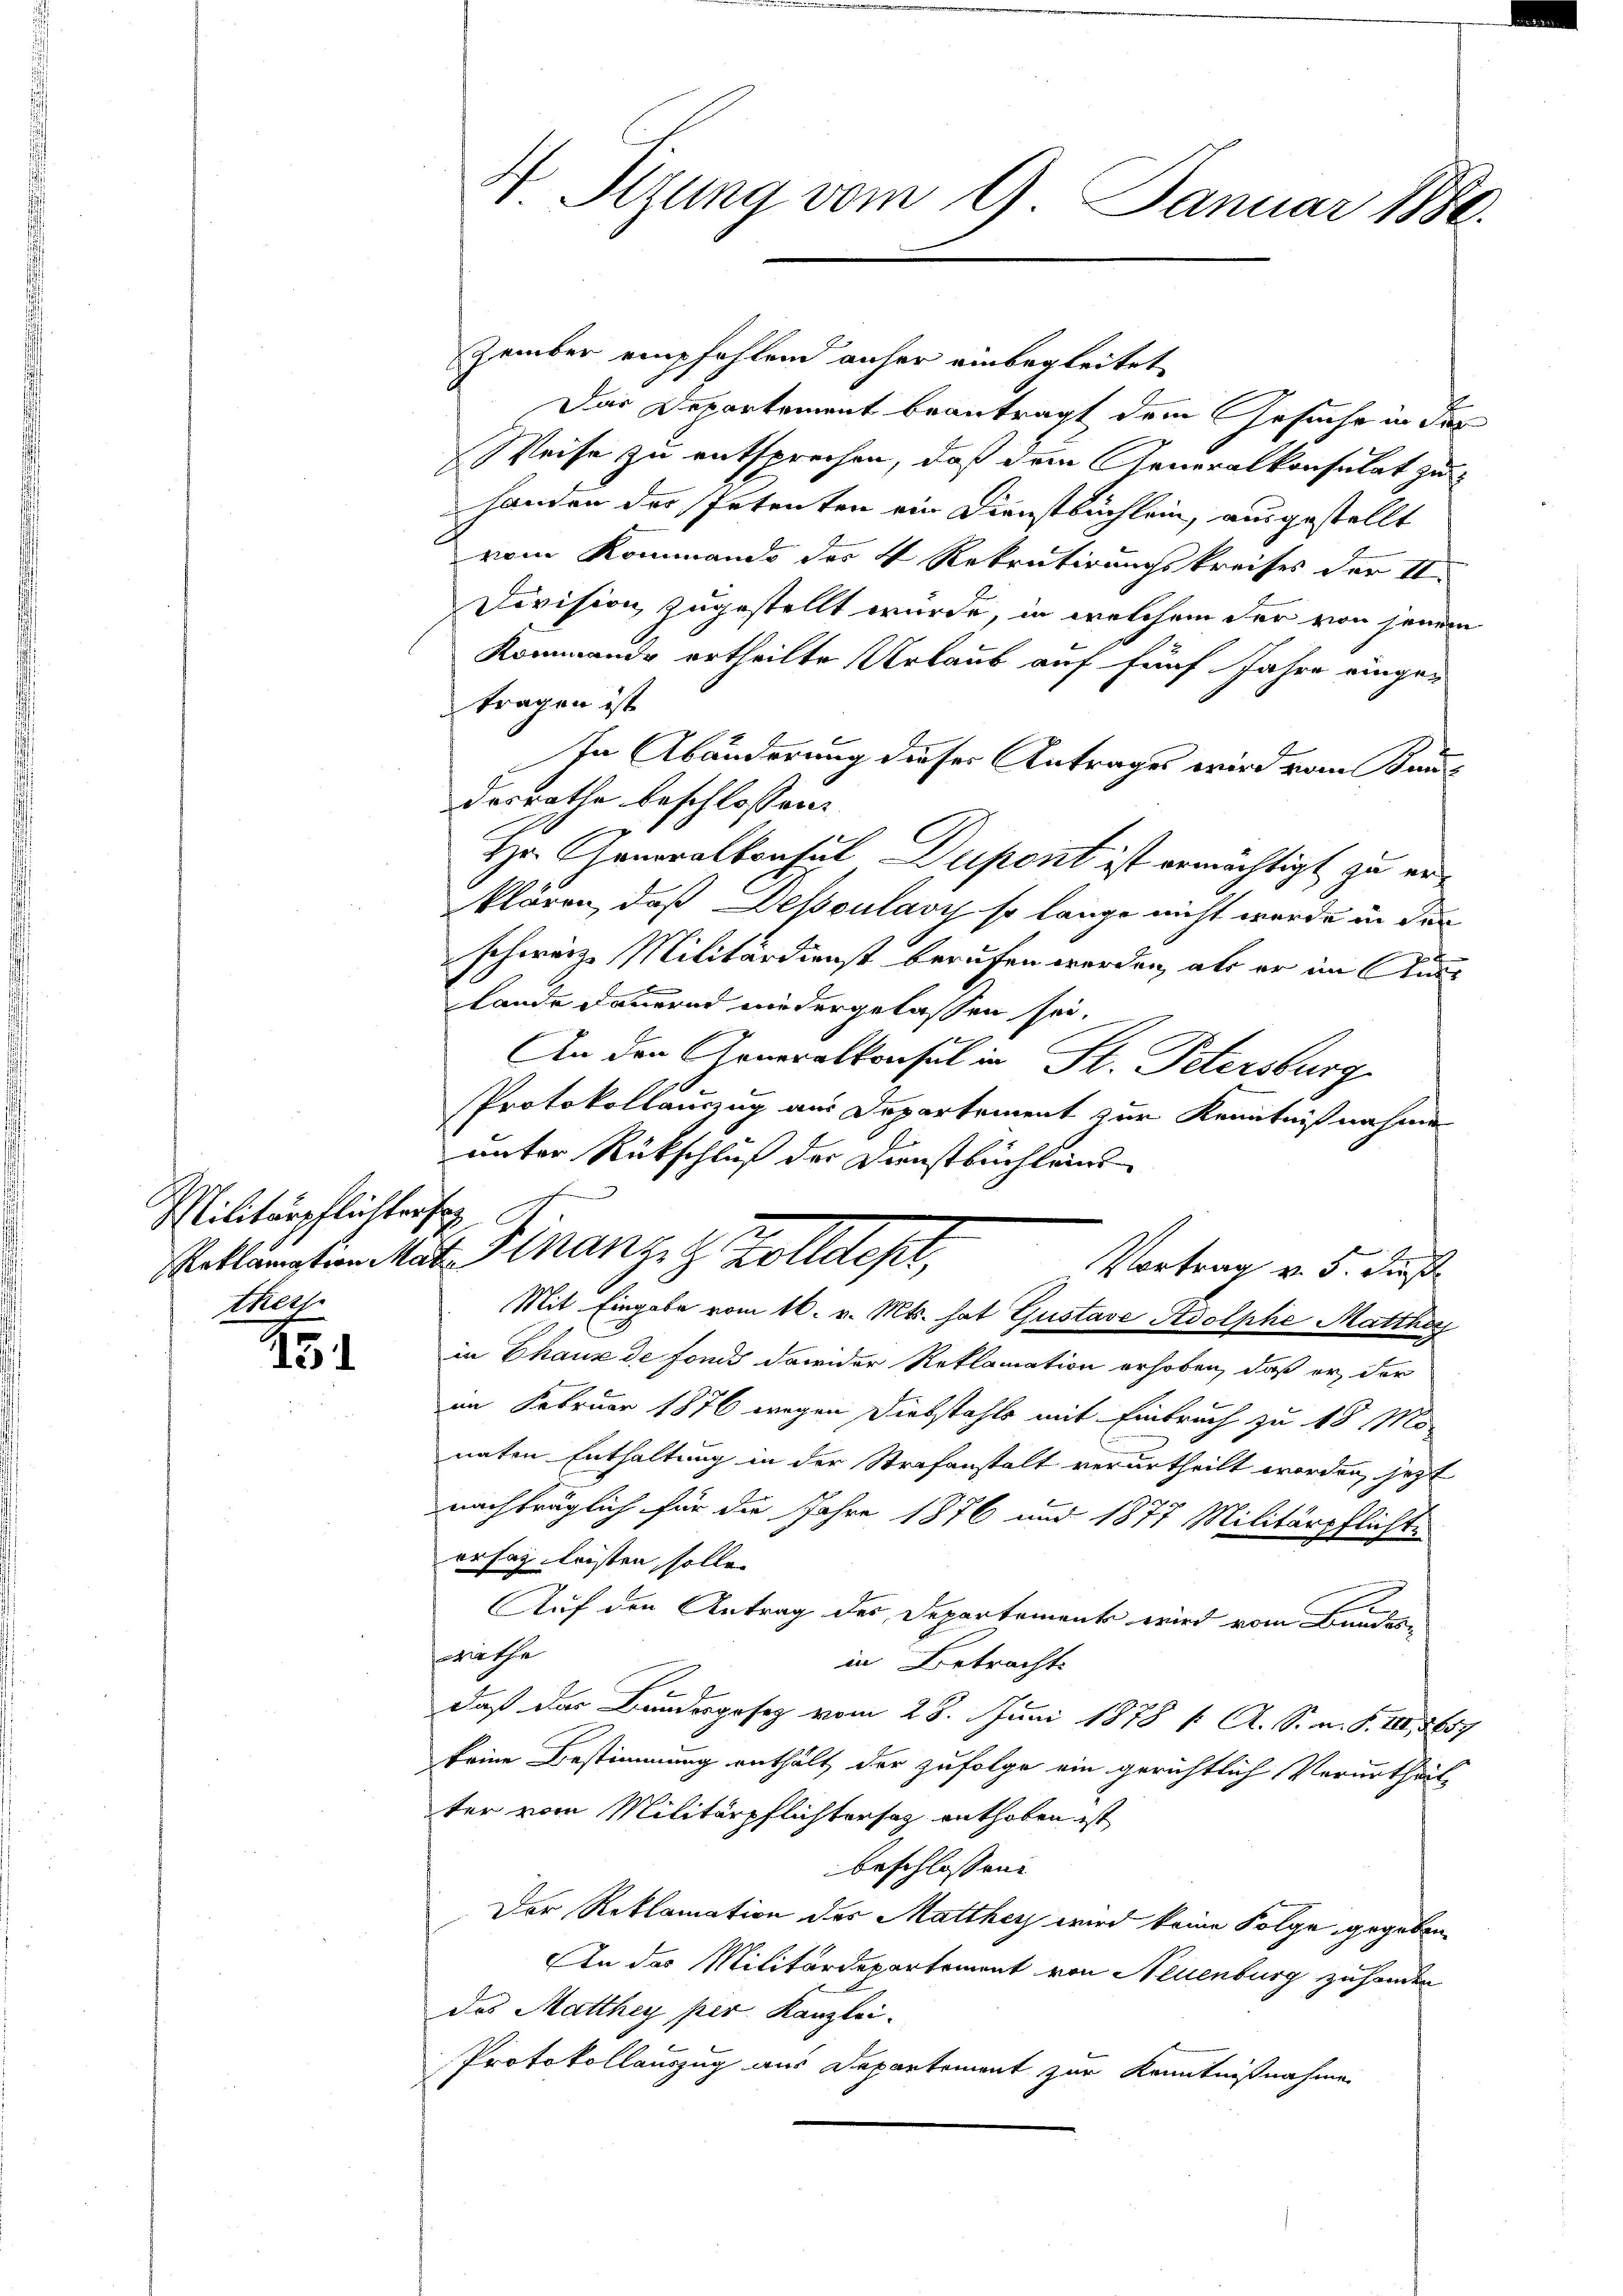
Militärpflichters
tkers

45

4 Sizung vom 9. Januar 1880.

zember empfehlend anher unbegleitet
Das Departement beantragt dem Gesuche in das
Weise zu entsprechen, daß dem Generalkonsulat zu
handen der Petenten ein Dienstbuchlein, ausgestellt
vom Kommando des 4 Rekrutirungskreises der d
Division zugestellt wurde, in welchem der von seinen
Kommande ertheilte Urlaub auf fünf Jahre eingen
tragen ist
In Abänderung dieser Antrages wird vom Kaudesrathe beschlossen:
g
Hr. Generalkonsul Dupont ist ermächtigt zu erklären, daß Dessoulavy so lange nicht werde in der
schweiz Militärdienst berufen werden, als er im Aus
lande dauernd niedergelassen sei.
An den Generalkonsul in St. Petersburg
.
Protokollanzug aus Departement zur Kenntnißnahme
unter Rückschluß der Dienstbuchleins
oklamation Mut. Finanz- & Zolldept,
Vortrag v. 5. Fuß
Mit Eingabe vom 16. v. Mts. hat Gustave Adolphe Matthar
in Chaux de Fond dawider Reklamation erhoben, daß er, der
im Februar 1876 wegen Diebstahls mit Einbruch zu 18 Mo
naten Enthaltung in der Strafanstalt verurtheilt worden, jetzt
nachträglich für die Jahre 1876 und 1877 Militärpflichte
ersag leisten solle.
Auf den Antrag des Departements wird vom Bundes-
räthe
in Betracht
daß das Bundesgesez vom 28. Juni 1878 f. A. S. m. S. 21, 8657
keine Bestimmung enthält der zufolge ein gerichtlich Verurtheit-
ter vom Militärpflichtersatz enthoben ist
beschlossene
Der Reklamation des Matthey wird keine Folge gegeben
An das Militärdepartement von Neuenburg zu handen
des Matthey per Kanzlei-
Protokollauszug aus Departement zur Kenntnißnahme